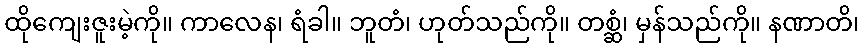
ထိုကျေးဇူးမဲ့ကို။ ကာလေန၊ ရံခါ။ ဘူတံ၊ ဟုတ်သည်ကို။ တစ္ဆံ၊ မှန်သည်ကို။ နဏာတိ၊